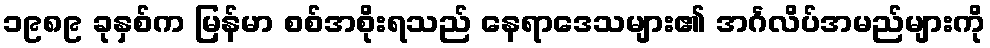
၁၉၈၉ ခုနှစ်က မြန်မာ စစ်အစိုးရသည် နေရာဒေသများ၏ အင်္ဂလိပ်အမည်များကို